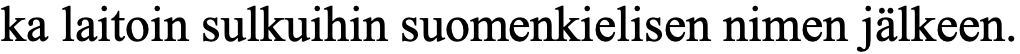
ka laitoin sulkuihin suomenkielisen nimen jälkeen.